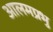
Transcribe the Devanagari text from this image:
आलमप्रभु